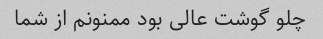
چلو گوشت عالی بود ممنونم از شما